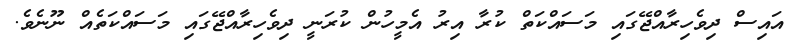
އައިސް ދިވެހިރާއްޖޭގައި މަސައްކަތް ކުރާ އިރު އެމީހުން ކުރަނީ ދިވެހިރާއްޖޭގައި މަސައްކަތެއް ނޫނެވެ.